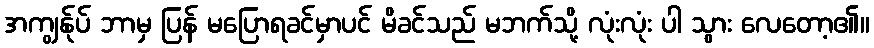
အကျွန်ုပ် ဘာမှ ပြန် မပြောရခင်မှာပင် မိခင်သည် မဘက်သို့ လုံးလုံး ပါ သွား လေတော့၏။